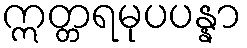
ဣတ္တရမုပပန္နာ